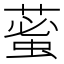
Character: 𦸞